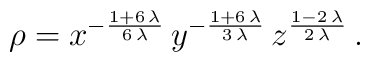
\rho ={x^     {-\frac{1 + 6\,\lambda }{6\,\lambda }}     \,y^     {-\frac{1 + 6\,\lambda }{3\,\lambda }}     \,z^     {\frac{1 - 2\,\lambda }       {2\,\lambda }}}\,.